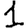
Digit: 1